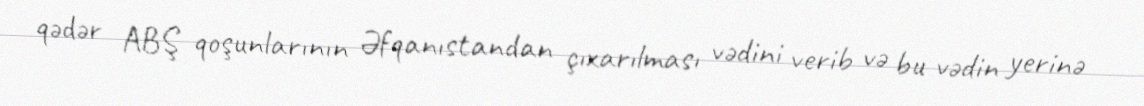
qədər ABŞ qoşunlarının Əfqanıstandan çıxarılması vədini verib və bu vədin yerinə